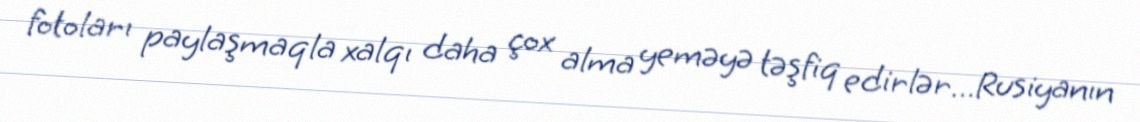
fotoları paylaşmaqla xalqı daha çox alma yeməyə təşfiq edirlər…Rusiyanın